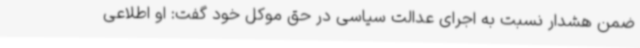
ضمن هشدار نسبت به اجرای عدالت سیاسی در حق موکل خود گفت: او اطلاعی